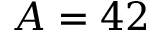
A = 4 2